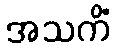
အသကိံ